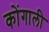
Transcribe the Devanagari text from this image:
कोंगाली